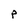
Character: P